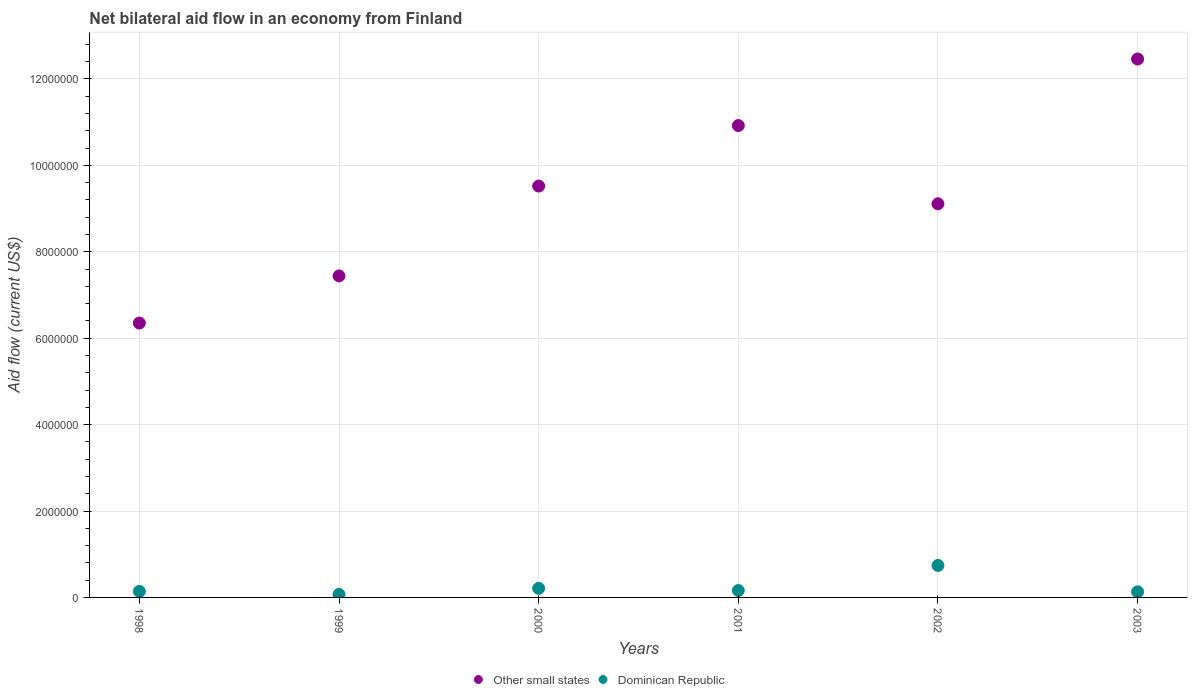
| Years | Other small states | Dominican Republic |
 | --- | --- | --- |
 | 1998 | 6.35e+06 | 1.4e+05 |
 | 1999 | 7.44e+06 | 7e+04 |
 | 2000 | 9.52e+06 | 2.1e+05 |
 | 2001 | 1.09e+07 | 1.6e+05 |
 | 2002 | 9.11e+06 | 7.4e+05 |
 | 2003 | 1.25e+07 | 1.3e+05 |